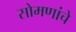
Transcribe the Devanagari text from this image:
सोमणांचे